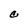
Character: C